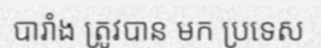
បារាំង ត្រូវបាន មក ប្រទេស